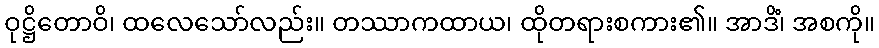
ဝုဋ္ဌိတောဝိ၊ ထလေသော်လည်း။ တဿာကထာယ၊ ထိုတရားစကား၏။ အာဒိံ၊ အစကို။